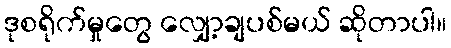
ဒုစရိုက်မှုတွေ လျှော့ချပစ်မယ် ဆိုတာပါ။